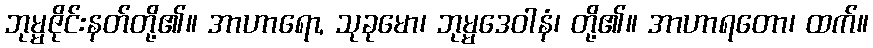
ဘုမ္မဇိုင်းနတ်တို့၏။ အာဟာရော, သုခုမော၊ ဘုမ္မဒေဝါနံ၊ တို့၏။ အာဟာရတော၊ ထက်။